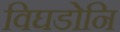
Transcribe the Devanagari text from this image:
विघडोनि